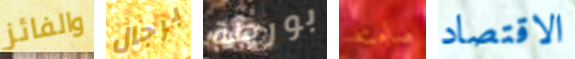
والفائز برجال بورطة صامته الاقتصاد